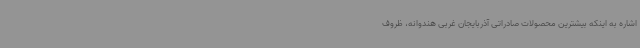
اشاره به اینکه بیشترین محصولات صادراتی آذربایجان غربی هندوانه، ظروف